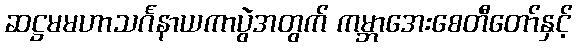
ဆဋ္ဌမမဟာသင်္ဂနာယကာပွဲအတွက် ကမ္ဘာအေးစေတီတော်နှင့်